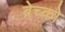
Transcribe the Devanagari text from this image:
ब्रेच्को